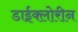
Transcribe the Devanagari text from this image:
डाईक्लोरीन